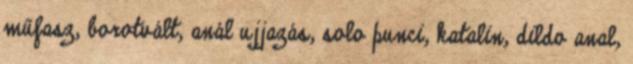
műfasz, borotvált, anál ujjazás, solo punci, katalin, dildo anal,